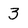
Character: 3